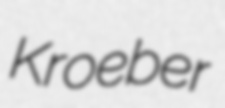
Kroeber